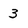
Character: 3